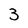
Character: 3